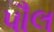
પૌલ